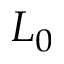
L _ { 0 }